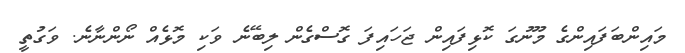
މައިންބަފައިންގެ މޫނުގަ ކޮޅިފައިން ޖަހައިފަ ގޮސްގެން ލިބޭނެ ވަކި މޮޅެއް ނޯންނާނެ. ވަގުތީ